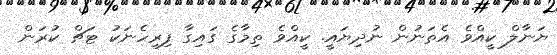
ޔަނާލް ކީއްވެ އެތަނުން ނުދިޔައީ. ކީއްވެ ތިމާގެ ގައިގާ ފިރިހެނަކު ޓަޗް ކުރަން